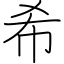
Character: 希